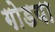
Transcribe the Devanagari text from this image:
गोडया